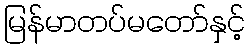
မြန်မာတပ်မတော်နှင့်